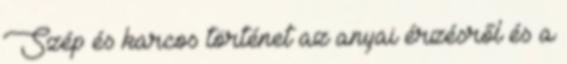
Szép és karcos történet az anyai érzésről és a